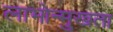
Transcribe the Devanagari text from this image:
लाभोन्मुखता